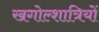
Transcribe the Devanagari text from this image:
खगोल्शात्रियों